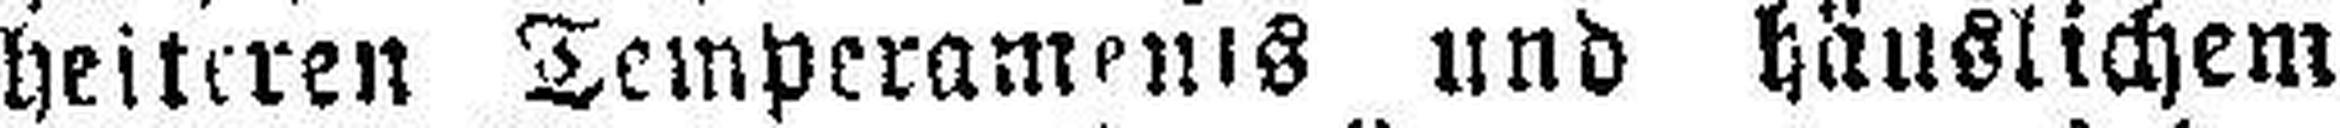
heiteren Temperaments und häuslichem